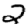
Digit: 2